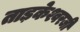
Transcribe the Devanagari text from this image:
ताड़केश्वरजी